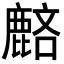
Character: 𪊺